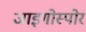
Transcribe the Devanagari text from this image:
जाइगोस्पोर